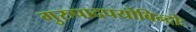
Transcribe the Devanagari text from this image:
गुरुपादपयोबिन्दोः